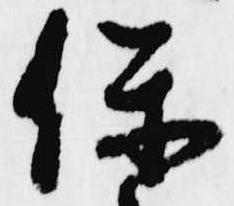
保